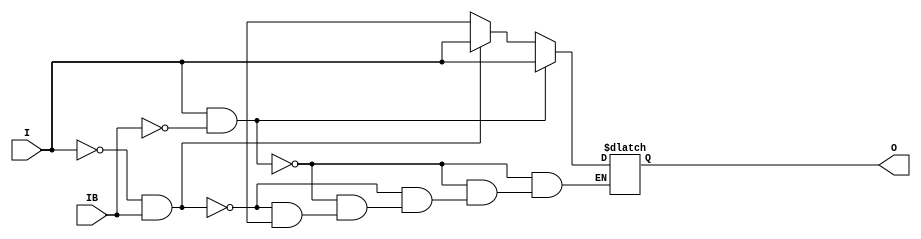
// $Header: /devl/xcs/repo/env/Databases/CAEInterfaces/verunilibs/data/unisims/IBUFDS.v,v 1.8 2007/05/23 21:43:33 patrickp Exp $
///////////////////////////////////////////////////////////////////////////////
// Copyright (c) 1995/2004 Xilinx, Inc.
// All Right Reserved.
///////////////////////////////////////////////////////////////////////////////
//   ____  ____
//  /   /\/   /
// /___/  \  /    Vendor : Xilinx
// \   \   \/     Version : 10.1
//  \   \         Description : Xilinx Functional Simulation Library Component
//  /   /                  Differential Signaling Input Buffer
// /___/   /\     Filename : IBUFDS.v
// \   \  /  \    Timestamp : Thu Mar 25 16:42:23 PST 2004
//  \___\/\___\
//
// Revision:
//    03/23/04 - Initial version.
//    07/19/06 - Add else to handle x case for o_out (CR 234718).
//    05/23/07 - Changed timescale to 1 ps / 1 ps.

`timescale  1 ps / 1 ps


module IBUFDS (O, I, IB);

    parameter CAPACITANCE = "DONT_CARE";
    parameter DIFF_TERM = "FALSE";
    parameter IBUF_DELAY_VALUE = "0";
    parameter IFD_DELAY_VALUE = "AUTO";
    parameter IOSTANDARD = "DEFAULT";
   
    output O;
    input  I, IB;

    reg o_out;

    buf b_0 (O, o_out);

    initial begin
	
        case (CAPACITANCE)

            "LOW", "NORMAL", "DONT_CARE" : ;
            default : begin
                          $display("Attribute Syntax Error : The attribute CAPACITANCE on IBUFDS instance %m is set to %s.  Legal values for this attribute are DONT_CARE, LOW or NORMAL.", CAPACITANCE);
                          $finish;
                      end

        endcase

	case (DIFF_TERM)

            "TRUE", "FALSE" : ;
            default : begin
                          $display("Attribute Syntax Error : The attribute DIFF_TERM on IBUFDS instance %m is set to %s.  Legal values for this attribute are TRUE or FALSE.", DIFF_TERM);
                          $finish;
                      end

	endcase // case(DIFF_TERM)


	case (IBUF_DELAY_VALUE)

            "0", "1", "2", "3", "4", "5", "6", "7", "8", "9", "10", "11", "12", "13", "14", "15", "16" : ;
            default : begin
                          $display("Attribute Syntax Error : The attribute IBUF_DELAY_VALUE on IBUFDS instance %m is set to %s.  Legal values for this attribute are 0, 1, 2, ... or 16.", IBUF_DELAY_VALUE);
                          $finish;
                      end

        endcase


	case (IFD_DELAY_VALUE)

            "AUTO", "0", "1", "2", "3", "4", "5", "6", "7", "8" : ;
            default : begin
                          $display("Attribute Syntax Error : The attribute IFD_DELAY_VALUE on IBUFDS instance %m is set to %s.  Legal values for this attribute are AUTO, 0, 1, 2, ... or 8.", IFD_DELAY_VALUE);
                          $finish;
                      end

	endcase

    end

    always @(I or IB) 
	if (I == 1'b1 && IB == 1'b0)
	    o_out = I;
	else if (I == 1'b0 && IB == 1'b1)
	    o_out = I;
        else if (I == 1'bx || IB == 1'bx)
            o_out = 1'bx;
    

endmodule